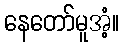
နေတော်မူအံ့။